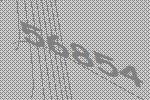
56854